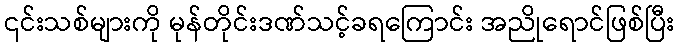
၎င်းသစ်များကို မုန်တိုင်းဒဏ်သင့်ခရကြောင်း အညိုရောင်ဖြစ်ပြီး